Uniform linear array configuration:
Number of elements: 16
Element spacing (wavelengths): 0.5
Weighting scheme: blackman
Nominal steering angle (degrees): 60
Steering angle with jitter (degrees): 61.362
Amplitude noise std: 0.05
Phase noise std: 0.05

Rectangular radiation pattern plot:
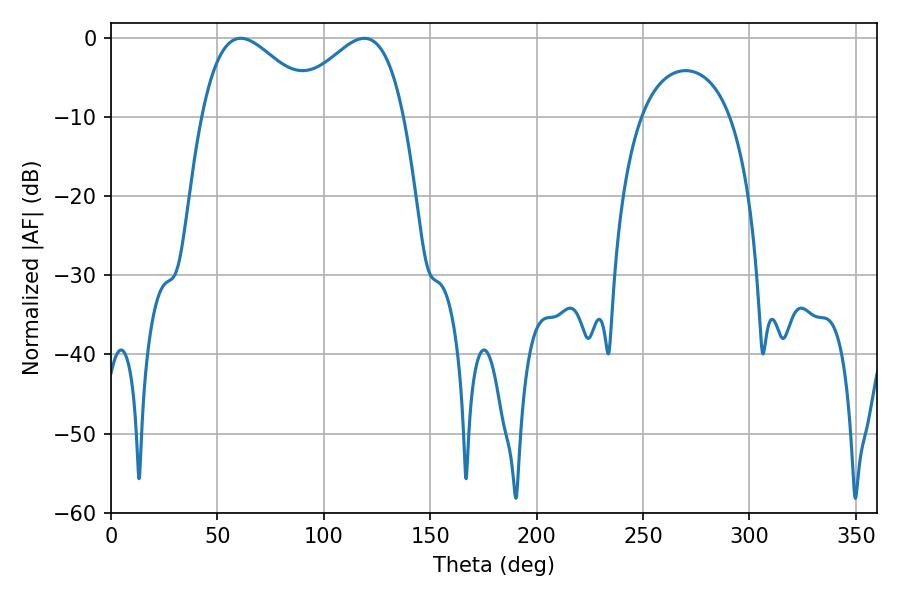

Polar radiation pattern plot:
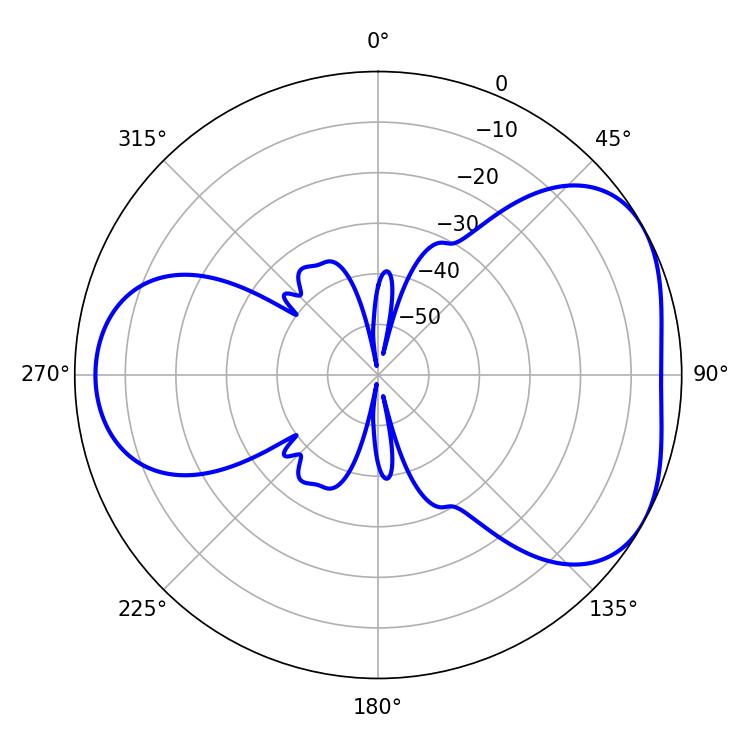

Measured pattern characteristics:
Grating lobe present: FALSE
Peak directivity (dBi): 4.39
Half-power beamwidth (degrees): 29.34
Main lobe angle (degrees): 61.02